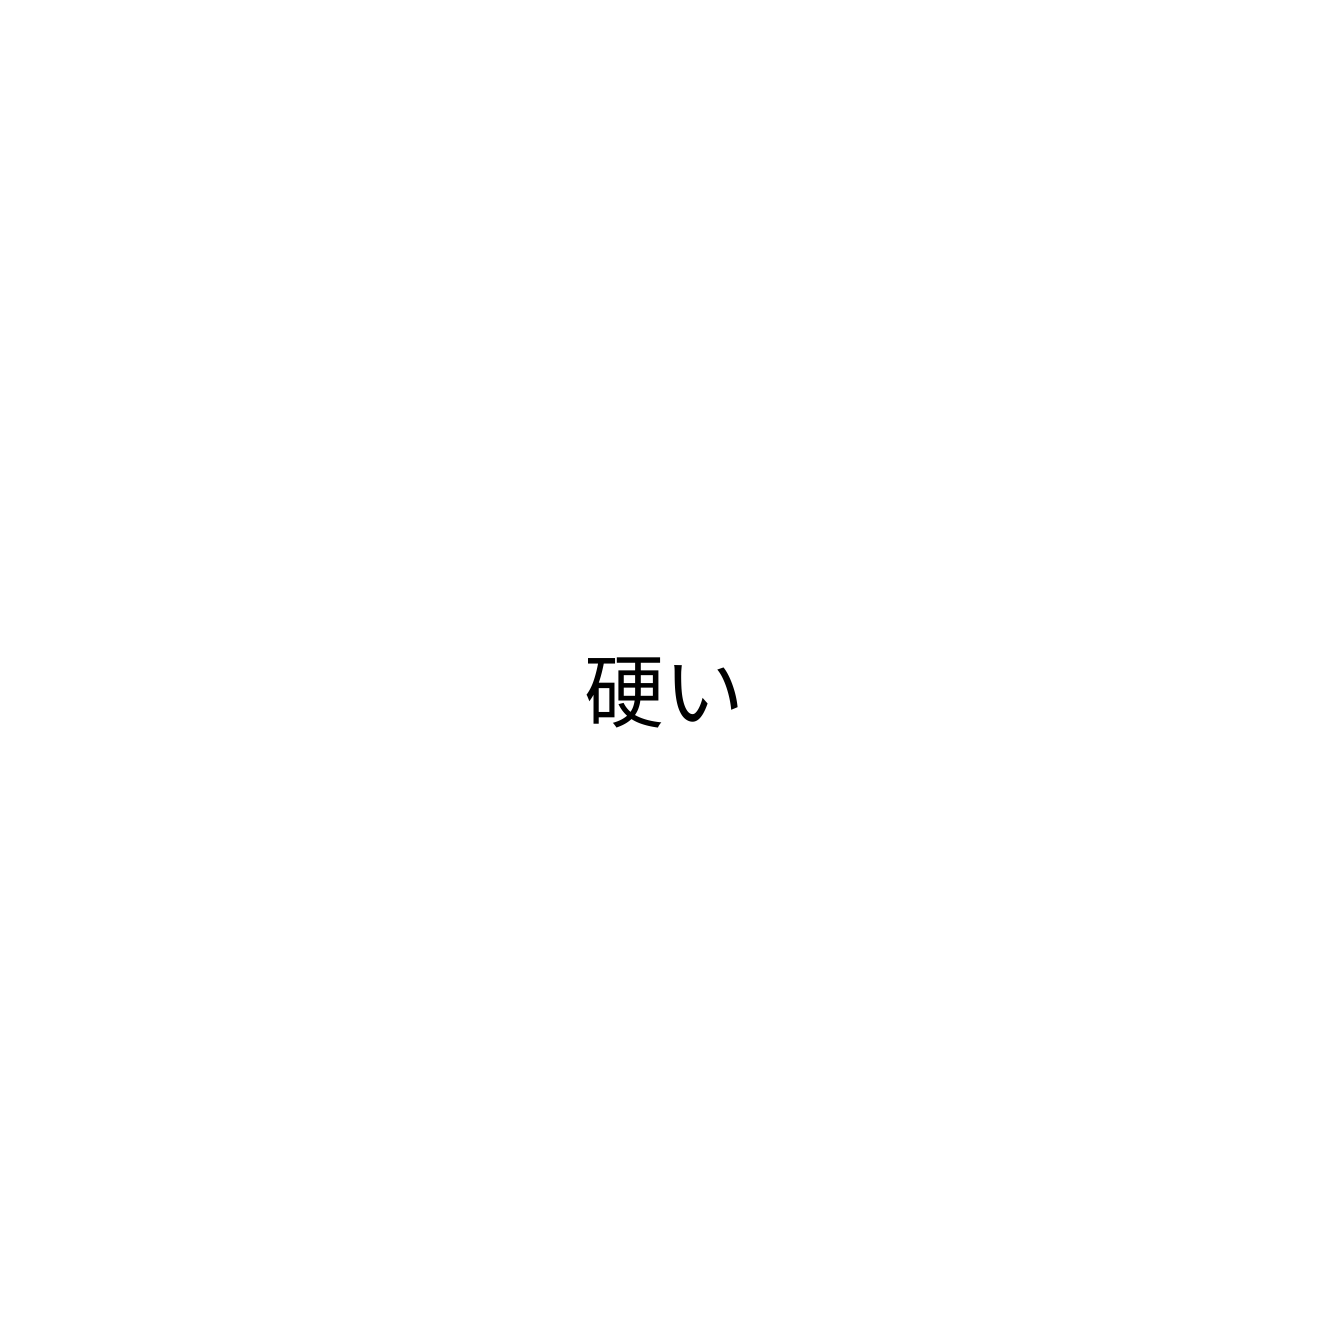
硬い